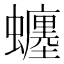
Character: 𧔊